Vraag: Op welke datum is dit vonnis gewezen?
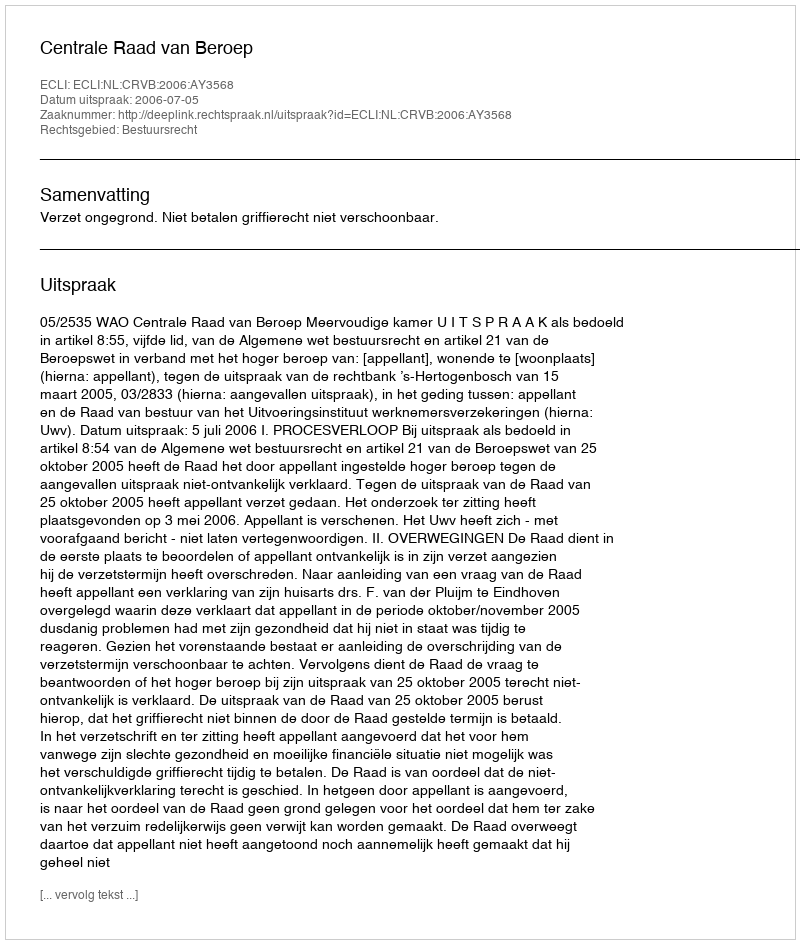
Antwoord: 2006-07-05